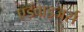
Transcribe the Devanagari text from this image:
एडवाइजर्स